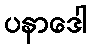
ပနာဒေါ